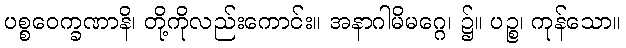
ပစ္စဝေက္ခဏာနိ၊ တို့ကိုလည်းကောင်း။ အနာဂါမိမဂ္ဂေ၊ ၌။ ပဉ္စ၊ ကုန်သော။